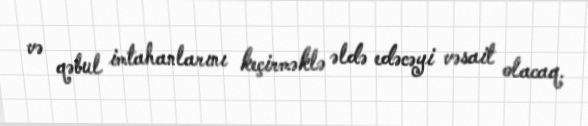
və qəbul imtahanlarını keçirməklə əldə edəcəyi vəsait olacaq.